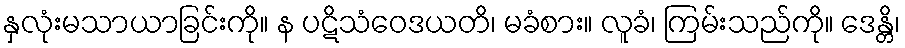
နှလုံးမသာယာခြင်းကို။ န ပဋိသံဝေဒယတိ၊ မခံစား။ လူခံ၊ ကြမ်းသည်ကို။ ဒေန္တိ၊